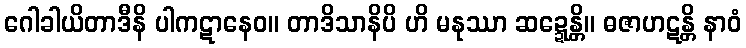
ဂေါခါယိတာဒီနိ ပါကဋာနေဝ။ တာဒိသာနိပိ ဟိ မနုဿာ ဆဍ္ဍေန္တိ။ ဓဇာဟဋန္တိ နာဝံ